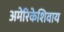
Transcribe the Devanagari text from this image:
अमेरिकेशिवाय